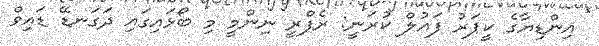
އިންޑިޔާގެ ކީޕަރު ފައުލް ކުރަނީ: ރެފްރީ ނިންމީ މި ބޯޅައިގައި ދަގަނޑޭ ޑައިވް